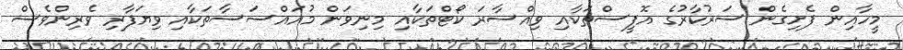
މީހާއިން ފެށިގެން ސަރުކާރުގެ އޮފީސްތަކާއި ވިއްސާރަ ކޯޓްތަކާއި މިނިވަން މުއައްސަސާތަކާއި ވިޔަފާރި ވެރިންވެސް